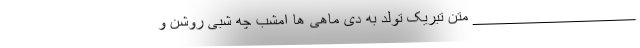
__________________ متن تبریک تولد به دی ماهی ها امشب چه شبی روشن و